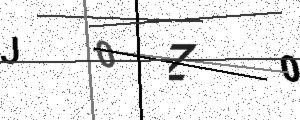
Text: J0Z0